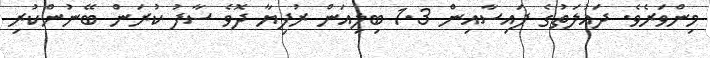
މިންވަރެވެ. ދައުލަތުގެ ފައިސާއިން 1.3 ބިލިއަން ރުފިޔާ ދޮވެ ސާފު ކުރަން ބޭނުންކުރި